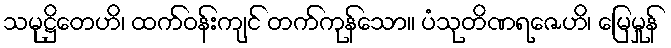
သမုဋ္ဌိတေဟိ၊ ထက်ဝန်းကျင် တက်ကုန်သော။ ပံသုတိဏရဇေဟိ၊ မြေမှုန်